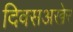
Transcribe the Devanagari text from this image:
दिवसअखेर